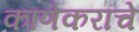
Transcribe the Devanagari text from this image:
काणेकरांचे